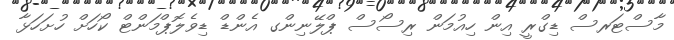
މާސްޓަރސް ޑިގްރީ އިން ހިއުމަން ރިސޯސް ޕްލޭނިންގ އެންޑް ޑިވެލޮޕްމަންޓް ކޯހަށް ހުށަހަޅާ